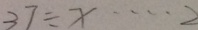
3 7 \div x \cdots 2